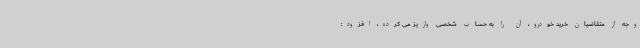
وجه از متقاضیان خرید خودرو، آن را به حساب شخصی واریز می کرده، افزود: